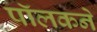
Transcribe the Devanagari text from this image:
पॉलकने